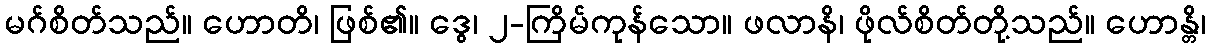
မဂ်စိတ်သည်။ ဟောတိ၊ ဖြစ်၏။ ဒွေ၊ ၂-ကြိမ်ကုန်သော။ ဖလာနိ၊ ဖိုလ်စိတ်တို့သည်။ ဟောန္တိ၊